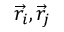
\overrightarrow { r } _ { i } , \overrightarrow { r } _ { j }